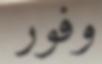
وفور